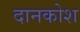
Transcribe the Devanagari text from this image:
दानकोश